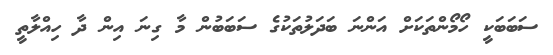
ސަބަބަކީ ހޯމޯންތަކަށް އަންނަ ބަދަލުތަކުގެ ސަބަބުން މާ ގިނަ އިން ދާ ހިއްލާތީ